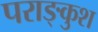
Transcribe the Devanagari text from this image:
पराङ्कुश